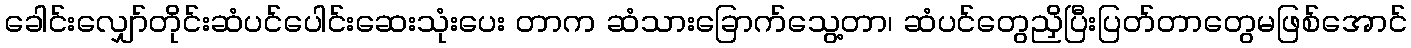
ခေါင်းလျှော်တိုင်းဆံပင်ပေါင်းဆေးသုံးပေး တာက ဆံသားခြောက်သွေ့တာ၊ ဆံပင်တွေညှိပြီးပြတ်တာတွေမဖြစ်အောင်